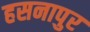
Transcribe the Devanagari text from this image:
हसनापुर